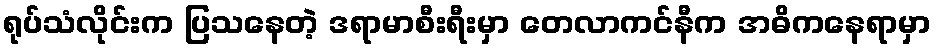
ရုပ်သံလိုင်းက ပြသနေတဲ့ ဒရာမာစီးရီးမှာ တေလာကင်နီက အဓိကနေရာမှာ